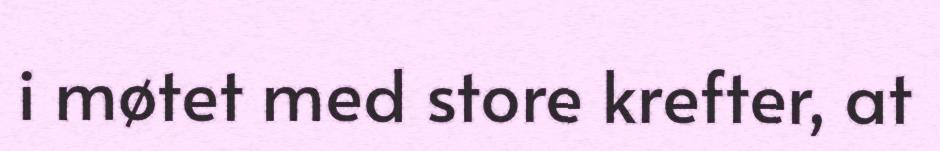
i møtet med store krefter, at